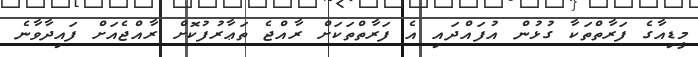
މީޑިއާގެ ފަރާތްތަކާ ގުޅުން އުފައްދައި އެ ފަރާތްތަކަށް ރާއްޖެ ތަޢާރުފުކޮށް ރާއްޖެއަށް ފައިދާވާނެ